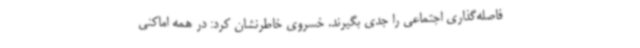
فاصله‌گذاری اجتماعی را جدی بگیرند. خسروی خاطرنشان کرد: در همه اماکنی